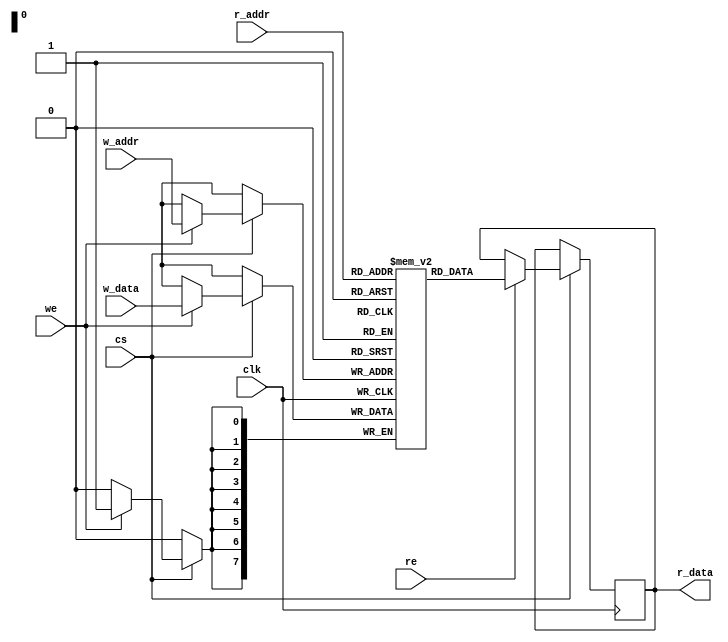
`timescale 1ns / 1ps

module memory_control_unit(
      clk    ,   // clock input
      we     ,   // write enable
      w_addr ,   // write address
      w_data ,   // write data
      re     ,   // read enable 
      r_addr ,   // read address
      cs     ,   // chip select (i.e. chip ignores inputs if cs=0)
      r_data     // output for read operation
    );
  
  // Setup some parameters
  parameter DATA_WIDTH = 8;  // word size of the memory
  parameter ADDR_WIDTH = 8;  // number of memory words, e.g. 2^8-1
  parameter RAM_DEPTH  = 1 << ADDR_WIDTH;
  
  // Define inputs
  input clk, we, re, cs;
  input  [ADDR_WIDTH-1:0] r_addr, w_addr;
  input  [DATA_WIDTH-1:0] w_data;
  output reg [DATA_WIDTH-1:0] r_data;
  
  // Private registers
  reg [DATA_WIDTH-1:0] mem [0:RAM_DEPTH-1]; // Set up the memory array
  
  // Write to or read from memory
  always@ (posedge clk)
  begin
  if (cs)
   begin
     if (we) mem[w_addr] <= w_data;
     if (re) r_data <= mem[r_addr];
   end
  end
endmodule